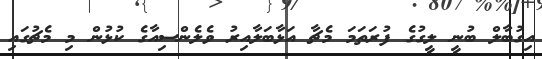
އިގުބާލް ބުނީ ލީގުގެ ފުރަތަމަ މެޗާ އަޅާބަލާއިރު ވެލެންސިއާގެ ކުޅުން މި މެޗުގައި